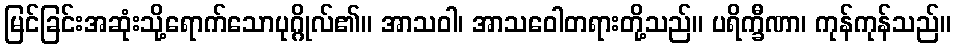
မြင်ခြင်းအဆုံးသို့ရောက်သောပုဂ္ဂိုလ်၏။ အာသဝါ၊ အာသဝေါတရားတို့သည်။ ပရိက္ခီဏာ၊ ကုန်ကုန်သည်။